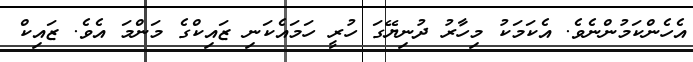
އެހެންކަމުންނެވެ. އެކަމަކު މިހާރު ދުނިޔޭގަ ހުރީ ހަމައެކަނި ޒައިކްގެ މަންމަ އެވެ. ޒައިކް